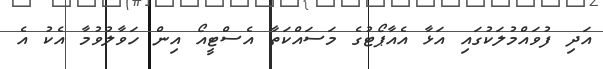
އަދި ފުވައްމުލަކުގައި އަޅާ އެއާޕޯޓުގެ މަސައްކަތާ އެސްޓީއޯ އިން ހަވާލުވުމާ އެކު އެ